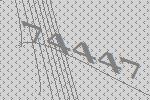
74447